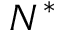
N ^ { * }